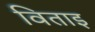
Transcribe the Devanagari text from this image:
विताइ